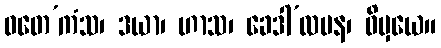
ဝတေ’ကံသ၊ ဒယာ၊ ဟာသ၊ ခေဒါ’လပန၊ ဝိမှယေ။